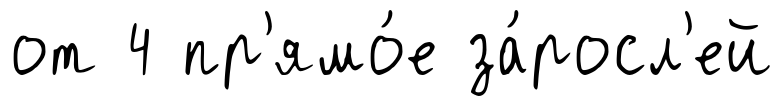
от 4 пр'ямо́е за́росл'ей